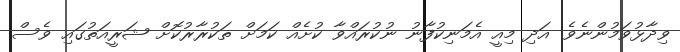
ވިދާޅުވަމުންނެވެ. އަދި މިއީ އެމަނިކުފާނު ނުކުރައްވާ ކުށެއް ކަމަށް ތަކުރާރުކޮށް ޝަރީއަތުގައި ވެސް